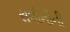
સલોનીની